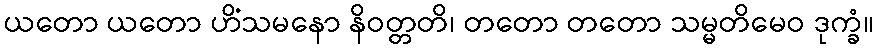
ယတော ယတော ဟိံသမနော နိဝတ္တတိ၊ တတော တတော သမ္မတိမေဝ ဒုက္ခံ။